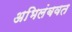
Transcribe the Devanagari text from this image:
अभिलंबवत